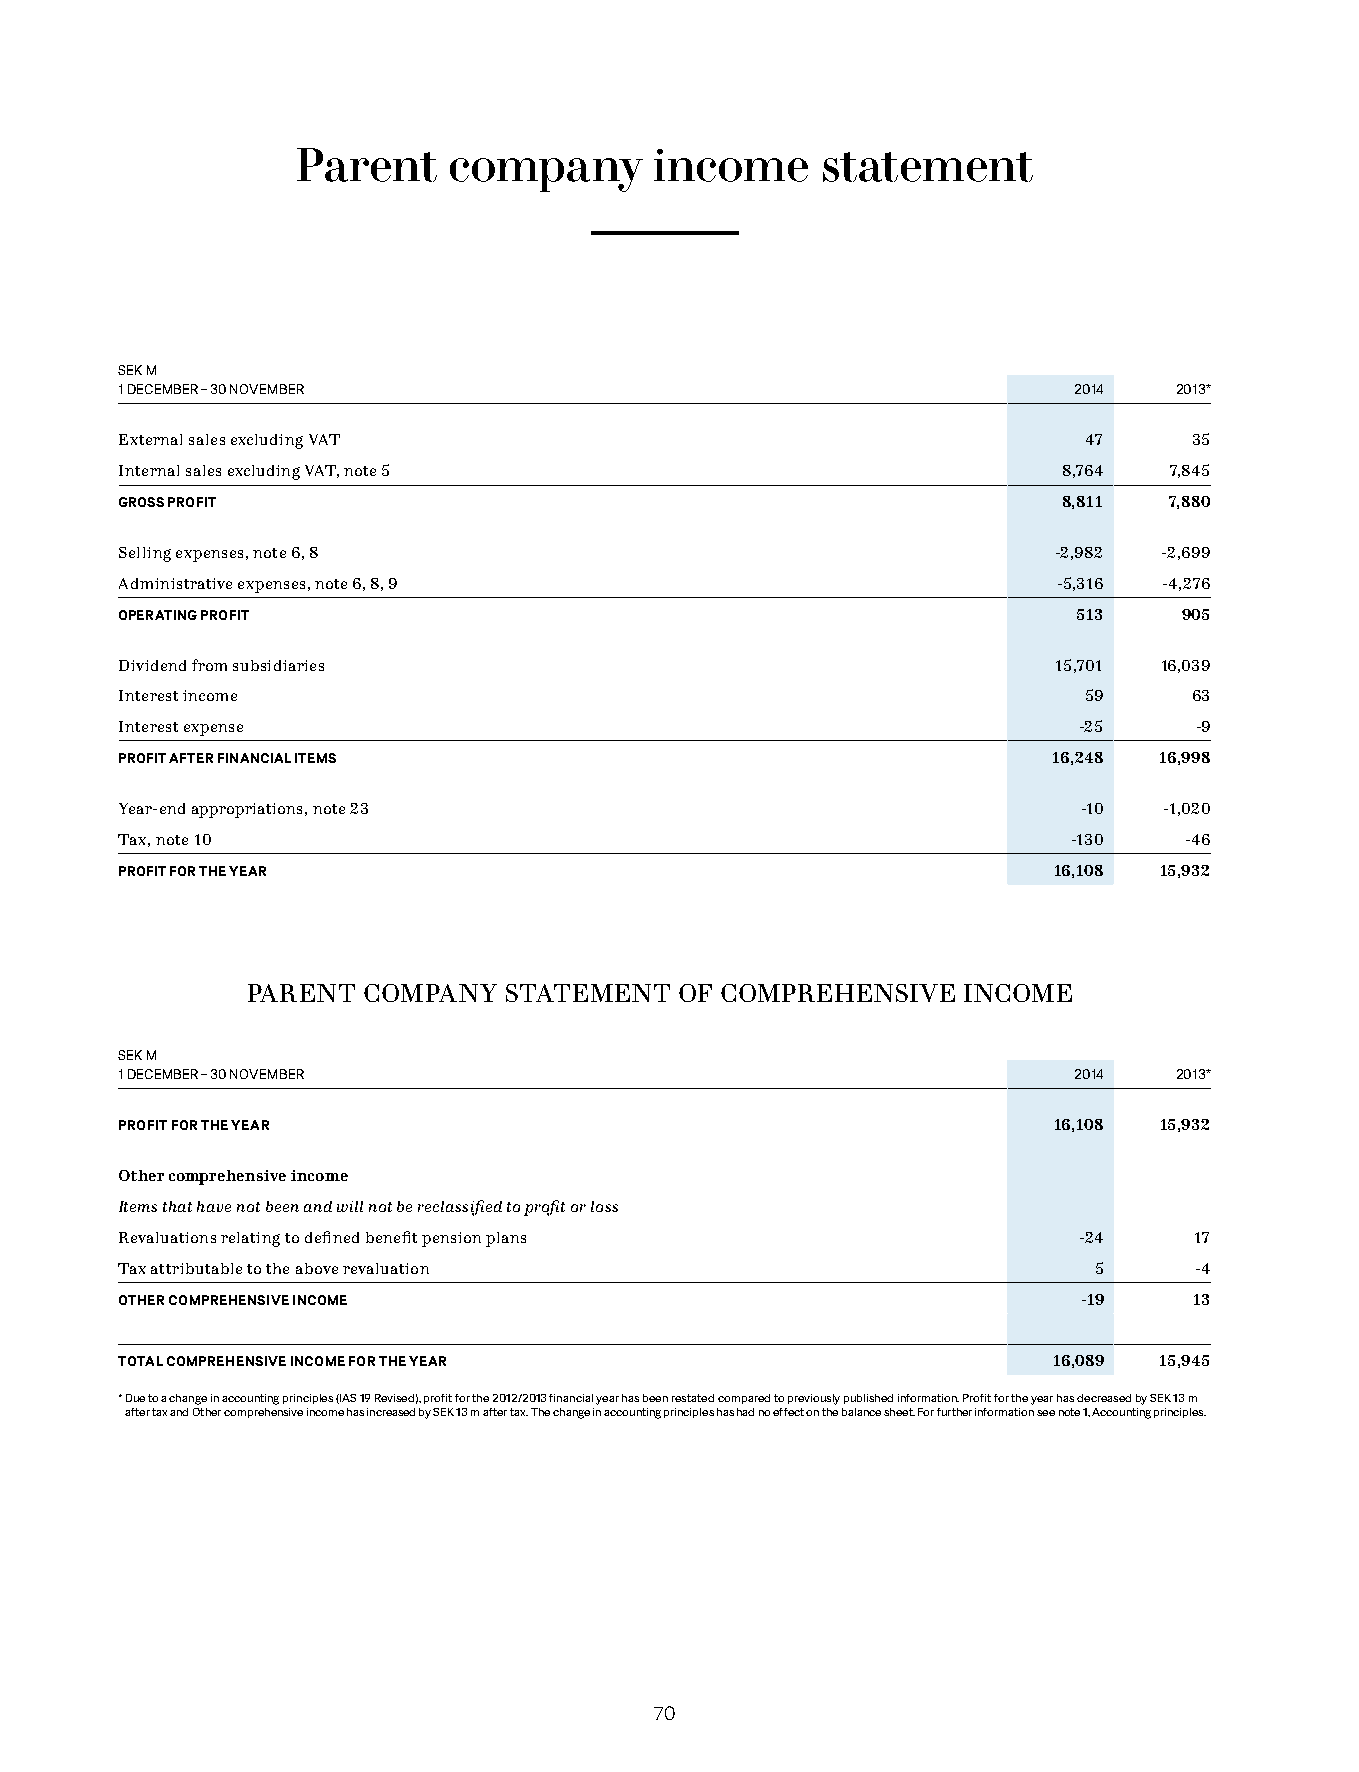
Parent    company      income     statement
 SEK M
 1 DECEMBER – 30 NOVEMBER                                       2014   2013*
 External sales excluding VAT                                    47     35
 Internal sales excluding VAT, note 5                          8,764  7,845
 GROSS PROFIT                                                  8,811  7,880
 Selling expenses, note 6, 8                                   -2,982 -2,699
 Administrative expenses, note 6, 8, 9                         -5,316 -4,276
 OPERATING PROFIT                                               513    905
 Dividend from subsidiaries                                    15,701 16,039
 Interest income                                                 59     63
 Interest expense                                               -25     -9
 PROFIT AFTER FINANCIAL ITEMS                                  16,248 16,998
 Year-end appropriations, note 23                                -10  -1,020
 Tax, note 10                                                   -130   -46
 PROFIT FOR THE YEAR                                           16,108 15,932
 PARENT  COMPANY  STATEMENT   OF COMPREHENSIVE   INCOME
 SEK M
 1 DECEMBER – 30 NOVEMBER                                       2014   2013*
 PROFIT FOR THE YEAR                                           16,108 15,932
 Other comprehensive income
 Items that have not been and will not be reclassified to profit or loss
 Revaluations relating to defined benefit pension plans         -24     17
 Tax attributable to the above revaluation                       5      -4
 OTHER COMPREHENSIVE INCOME                                      -19    13
 TOTAL COMPREHENSIVE INCOME FOR THE YEAR                       16,089 15,945
 * D ue to a change in accounting principles (IAS 19 Revised), profit for the 2012/2013 financial year has been restated compared to previously published information. Profit for the year has decreased by SEK 13 m
 after tax and Other comprehensive income has increased by SEK 13 m after tax. The change in accounting principles has had no effect on the balance sheet. For further information see note 1, Accounting principles.
 7700